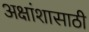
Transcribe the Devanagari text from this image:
अक्षांशासाठी